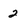
Character: 2